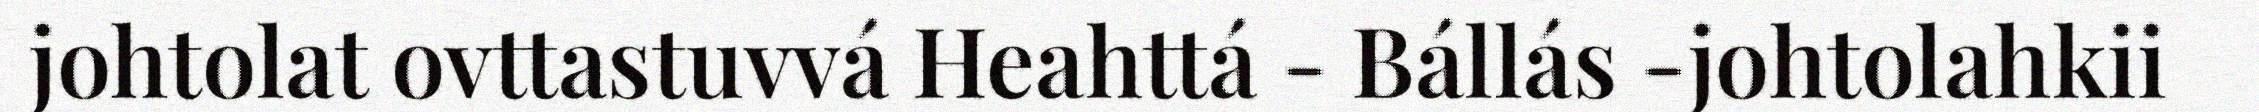
johtolat ovttastuvvá Heahttá - Bállás -johtolahkii